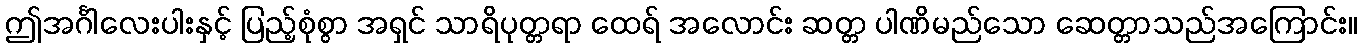
ဤအင်္ဂါလေးပါးနှင့် ပြည့်စုံစွာ အရှင် သာရိပုတ္တရာ ထေရ် အလောင်း ဆတ္တ ပါဏိမည်သော ဆေတ္တာသည်အကြောင်း။